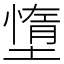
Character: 墯